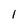
Character: l